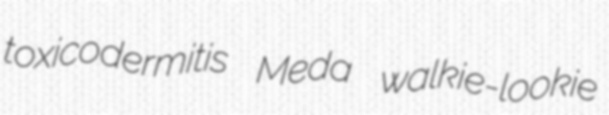
toxicodermitis Meda walkie-lookie